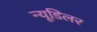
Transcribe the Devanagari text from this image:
न्यूडिलर